Plague in India, 1896, 1897 - Volume 3
Year: 1896
Disease focus: Plague
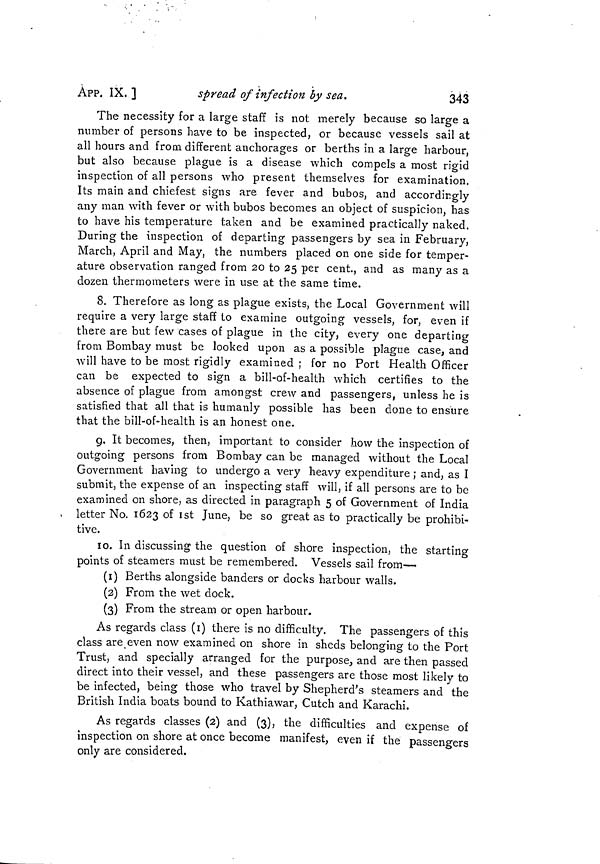
343
ÁPP. IX. l
spread of infection by sea.
The necessity for a large staff is not merely because so large a
number of persons have to be inspected, or because vessels sail at
all hours and from different anchorages or berths in a large harbour,
but also because plague is a disease which compels a most rigid
inspection of all persons who present themselves for examination.
Its main and chiefest signs are fever and bubos, and accordingly
any man with fever or with bubos becomes an object of suspicion, has
to have his temperature taken and be examined practically naked.
During the inspection of departing passengers by sea in February,
March, April and May, the numbers placed on one side for temper-
ature observation ranged from 20 to 25 per cent., and as many as a
dozen thermometers were in use at the same time.
8. Therefore as long as plague exists, the Local Government will
require a very large staff to examine outgoing vessels, for, even if
there are but few cases of plague in the city, every one departing
from Bombay must be looked upon as a possible plague case, and
will have to be most rigidly examined ; for no Port Health Officer
can be expected to sign a bill-of-health which certifies to the
absence of plague from amongst crew and passengers, unless he is
satisfied that all that is humanly possible has been done to ensure
that the bill-of-health is an honest one.
9. It becomes, then, important to consider how the inspection of
outgoing persons from Bombay can be managed without the Local
Government having to undergo a very heavy expenditure ; and, as I
submit, the expense of an inspecting staff will, if all persons are to be
examined on shore, as directed in paragraph 5 of Government of India
letter No. 1623 of 1st June, be so great as to practically be prohibi-
tive.
10. In discussing the question of shore inspection, the starting
points of steamers must be remembered. Vessels sail from-—
(1) Berths alongside banders or docks harbour walls.
(2) From the wet dock.
(3) From the stream or open harbour.
As regards class (1) there is no difficulty. The passengers of this
class are even now examined on shore in sheds belonging to the Port
Trust, and specially arranged for the purpose, and are then passed
direct into their vessel, and these passengers are those most likely to
be infected, being those who travel by Shepherd's steamers and the
British India boats bound to Kathiawar, Cutch and Karachi.
As regards classes (2) and (3), the difficulties and expense of
inspection on shore at once become manifest, even if the passengers
only are considered.